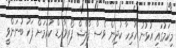
މިކަމުގައި އުޅުނު ހުރިހާ ކުދިން ވެސް ފްލޭޝް ފޯރވާރޑް ކުރުމަށް ފަހު ބުނަންވީ